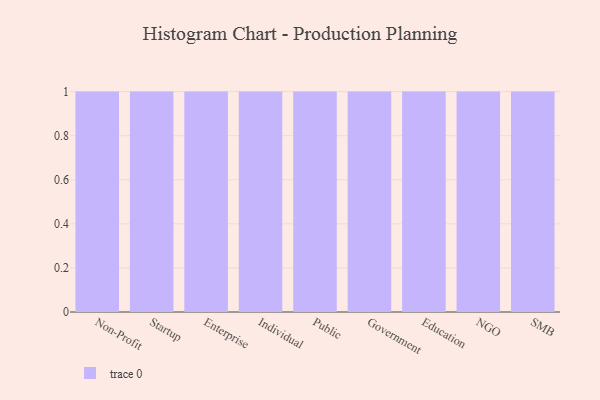
{"axis": {"x": "Segment", "y": "Demand Index"}, "legend": [""], "data": [{"x": "Non-Profit", "y": 30, "type": ""}, {"x": "Startup", "y": 82, "type": ""}, {"x": "Enterprise", "y": 16, "type": ""}, {"x": "Individual", "y": 49, "type": ""}, {"x": "Public", "y": 71, "type": ""}, {"x": "Government", "y": 59, "type": ""}, {"x": "Education", "y": 79, "type": ""}, {"x": "NGO", "y": 3, "type": ""}, {"x": "SMB", "y": 99, "type": ""}]}